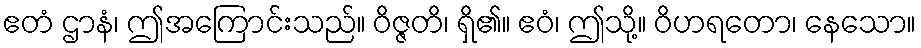
ဧတံ ဌာနံ၊ ဤအကြောင်းသည်။ ဝိဇ္ဇတိ၊ ရှိ၏။ ဧဝံ၊ ဤသို့။ ဝိဟရတော၊ နေသော။